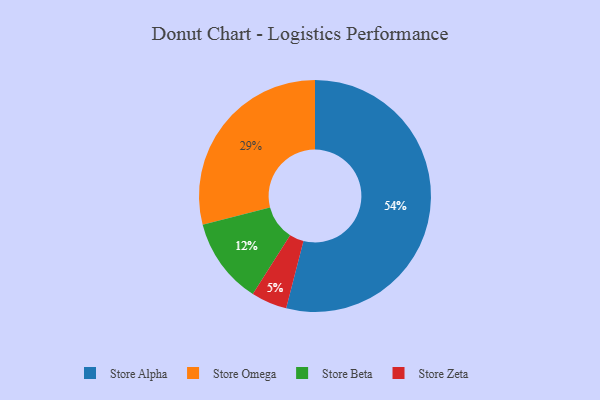
{"axis": {"x": "Category", "y": "Percentage"}, "legend": ["Store Alpha", "Store Beta", "Store Omega", "Store Zeta"], "data": [{"x": "Store Omega", "y": 29, "type": "Store Omega"}, {"x": "Store Alpha", "y": 54, "type": "Store Alpha"}, {"x": "Store Beta", "y": 12, "type": "Store Beta"}, {"x": "Store Zeta", "y": 5, "type": "Store Zeta"}]}